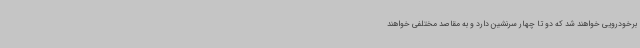
برخودرویی خواهند شد که دو تا چهار سرنشین دارد و به مقاصد مختلفی خواهند